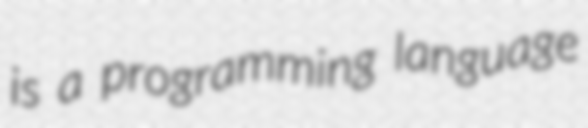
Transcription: is a programming language